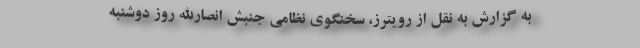
به گزارش به نقل از رویترز، سخنگوی نظامی جنبش انصارالله روز دوشنبه